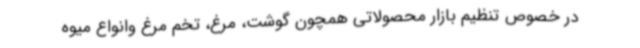
در خصوص تنظیم بازار محصولاتی همچون گوشت، مرغ، تخم مرغ وانواع میوه